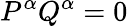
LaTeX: P^{\alpha}Q^{\alpha}=0